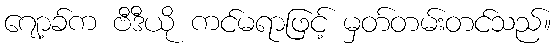
ဂျော့ခ်က ဗီဒီယို ကင်မရာဖြင့် မှတ်တမ်းတင်သည်။